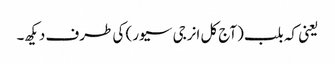
یعنی کہ بلب (آج کل انرجی سیور) کی طرف دیکھ۔